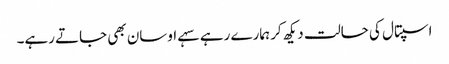
اسپتال کی حالت دیکھ کر ہمارے رہے سہے اوسان بھی جاتے رہے۔